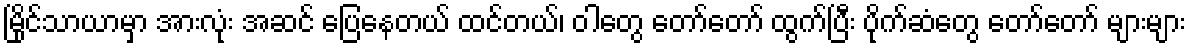
မြိုင်သာယာမှာ အားလုံး အဆင် ပြေနေတယ် ထင်တယ်၊ ဝါတွေ တော်တော် ထွက်ပြီး ပိုက်ဆံတွေ တော်တော် များများ